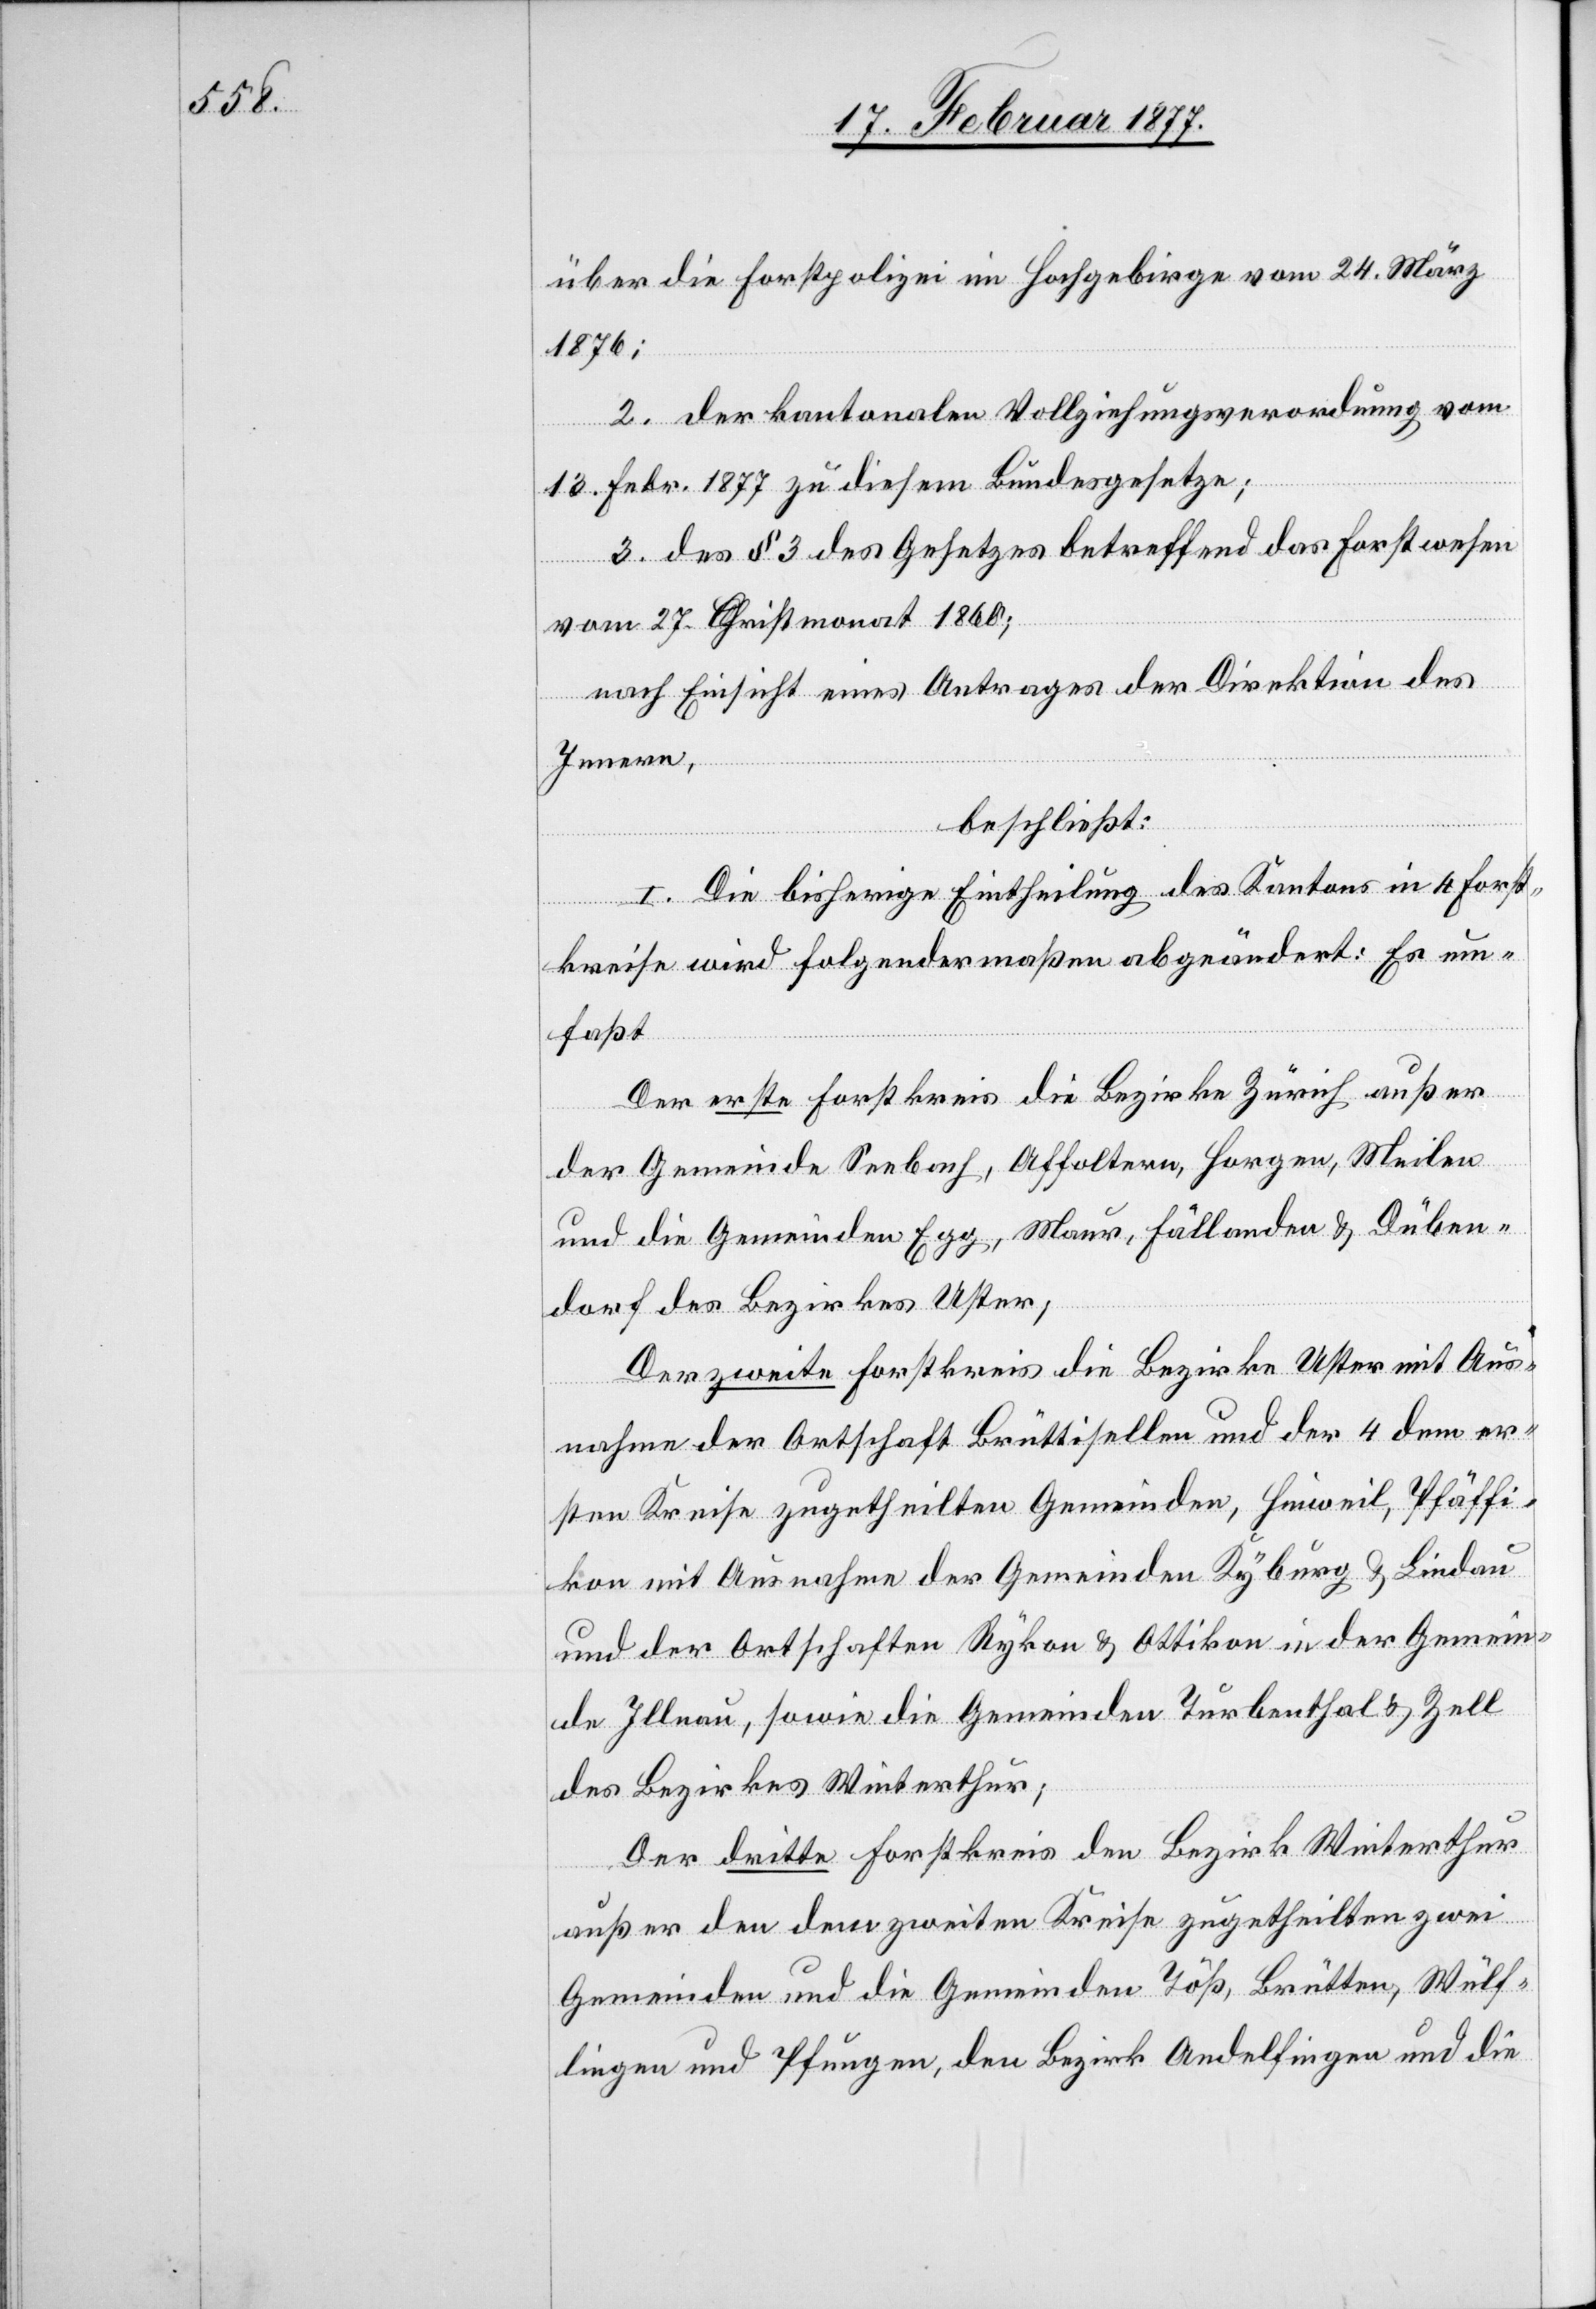
über die Forstpolizei im Hochgebirge vom 24. März
1876;
2. der kantonalen Vollziehungsverordnung vom
13. Febr. 1877 zu diesem Bundesgesetze;
3. Des § 3 des Gesetzes betreffend das Forstwesen
vom 27. Christmonat 1860;
nach Einsicht eines Antrages der Direktion des
Innern,
beschließt:
I. Die bisherige Eintheilung des Kantons in 4 Forst¬
kreise wird folgendermaßen abgeändert: Es um¬
faßt
Der erste Forstkreis die Bezirke Zürich außer
der Gemeinde Seebach, Affoltern, Horgen, Meilen
und die Gemeinden Egg, Maur, Fällanden & Düben¬
dorf des Bezirkes Uster;
Der zweite Forstkreis die Bezirke Uster mit Aus¬
nahme der Ortschaft Brütisellen und der 4 dem er¬
sten Kreise zugetheilten Gemeinden, Hinweil, Pfäffi¬
kon mit Ausnahme der Gemeinden Kyburg & Lindau
und der Ortschaften Rykon & Ottikon in der Gemein¬
de Illnau, sowie die Gemeinden Turbenthal & Zell
des Bezirkes Winterthur;
Der dritte Forstkreis den Bezirk Winterthur
außer den dem zweiten Kreise zugetheilten zwei
Gemeinden und die Gemeinden Töß, Brütten, Wülf¬
lingen und Pfungen, den Bezirk Andelfingen und die